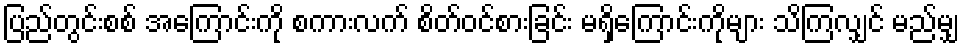
ပြည်တွင်းစစ် အကြောင်းကို စကားလက် စိတ်ဝင်စားခြင်း မရှိကြောင်းကိုများ သိကြလျှင် မည်မျှ